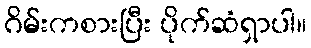
ဂိမ်းကစားပြီး ပိုက်ဆံရှာပါ။